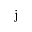
\mathrm { j }